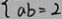
a b = 2